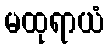
မထုရာယံ